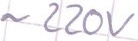
Text: ~220V